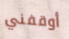
أوقفني